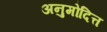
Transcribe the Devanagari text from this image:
अनुमोदित्त